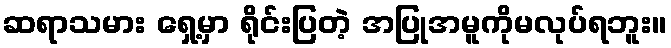
ဆရာသမား ရှေ့မှာ ရိုင်းပြတဲ့ အပြုအမူကိုမလုပ်ရဘူး။